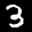
Label: 3